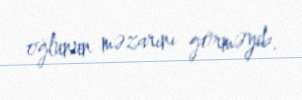
oğlunun məzarını görməyib.